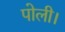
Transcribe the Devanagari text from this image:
पोली।